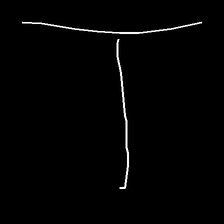
Glyph: column